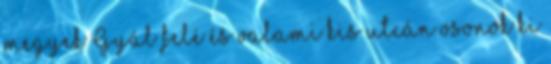
megyek Gyál felé és valami kis utcán osonok ki